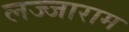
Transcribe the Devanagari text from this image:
लज्जाराम